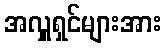
အလှူရှင်များအား